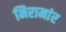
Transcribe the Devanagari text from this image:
मिरामांर